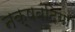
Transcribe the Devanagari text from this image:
नक़्षबंदिया